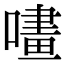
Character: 㗲